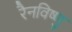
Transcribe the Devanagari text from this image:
रैनविष्णु